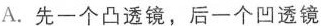
A.先一个凸透镜，后一个凹透镜